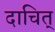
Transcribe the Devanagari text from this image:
दाचित्